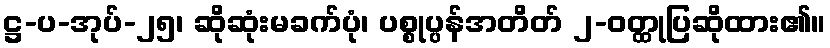
ဋ္ဌ-ပ-အုပ်-၂၅၊ ဆိုဆုံးမခက်ပုံ၊ ပစ္စုပ္ပန်အတိတ် ၂-ဝတ္ထုပြဆိုထား၏။